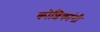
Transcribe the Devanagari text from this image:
कोशिकांनी